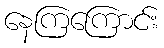
နေကြကြောင်း